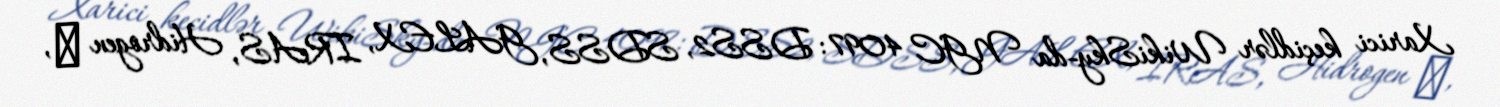
Xarici keçidlər WikiSky-da NGC 4097: DSS2, SDSS, GALEX, IRAS, Hidrogen α,